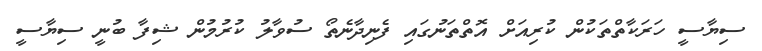
ސިޔާސީ ހަރަކާތްތަކުން ކުރިއަށް އޮތްތަނުގައި ފެނިދާނެތޯ ސުވާލު ކުރުމުން ޝިފާ ބުނީ ސިޔާސީ